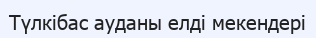
Түлкібас ауданы елді мекендері